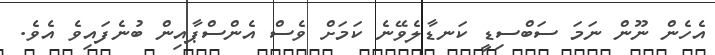
އެހެން ނޫން ނަމަ ސަބްސިޑީ ކަނޑާލެވޭނެ ކަމަށް ވެސް އެންސްޕާއިން ބުނެފައިވެ އެވެ.